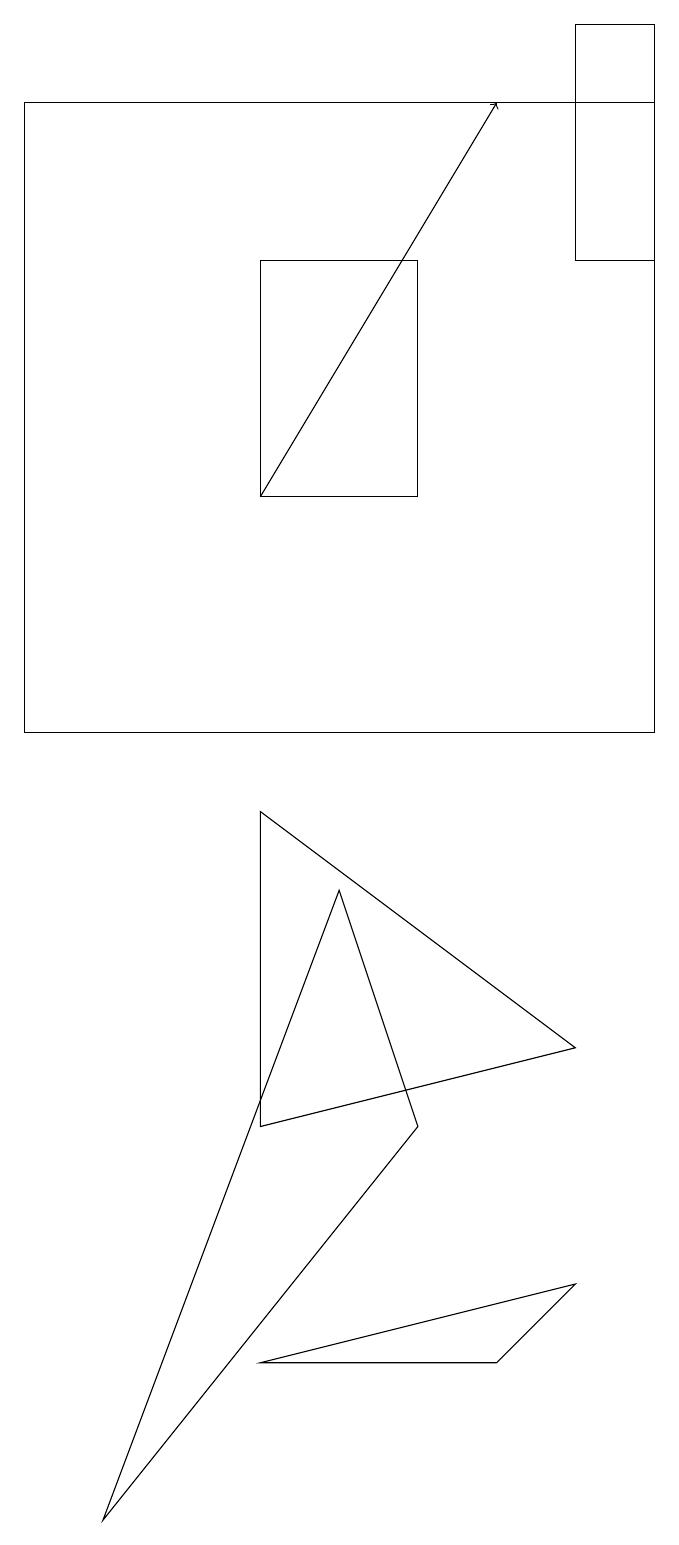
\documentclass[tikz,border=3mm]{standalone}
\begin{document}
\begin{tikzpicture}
\draw (5,5) -- (1,0) -- (4,8) -- cycle;
\draw (3,9) -- (7,6) -- (3,5) -- cycle;
\draw (7,16) rectangle (8,19);
\draw[->] (3,13) -- (6,18);
\draw (6,2) -- (3,2) -- (7,3) -- cycle;
\draw (5,16) rectangle (3,13);
\draw (8,18) rectangle (0,10);
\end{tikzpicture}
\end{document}